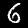
Digit: 6